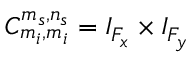
C _ { m _ { i } , m _ { i } } ^ { m _ { s } , n _ { s } } = I _ { F _ { x } } \times I _ { F _ { y } }